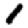
Digit: 1